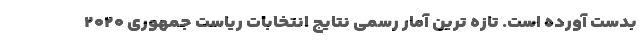
بدست آورده است. تازه ترین آمار رسمی نتایج انتخابات ریاست جمهوری ۲۰۲۰